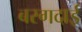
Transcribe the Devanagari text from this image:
बरगदाई